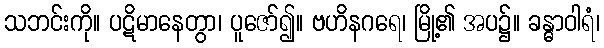
သဘင်းကို။ ပဋိမာနေတွာ၊ ပူဇော်၍။ ဗဟိနဂရေ၊ မြို့၏ အပ၌။ ခန္ဓာဝါရံ၊